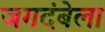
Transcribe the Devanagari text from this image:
जगदंबेला